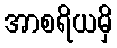
အာစရိယမှိ